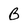
Character: B